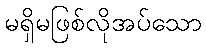
မရှိမဖြစ်လိုအပ်သော